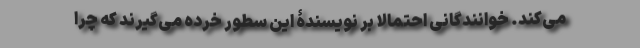
می‌کند. خوانندگانی احتمالا بر نویسندۀ این سطور خُرده می‌گیرند که چرا